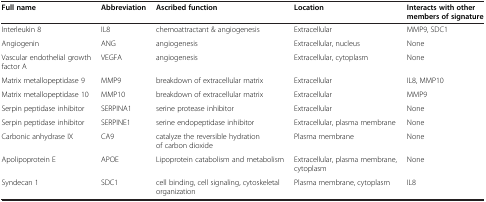
<table><thead><tr><td><b>Full name</b></td><td><b>Abbreviation</b></td><td><b>Ascribed function</b></td><td><b>Location</b></td><td><b>Interacts with other members of signature</b></td></tr></thead><tbody><tr><td>Interleukin 8</td><td>IL8</td><td>chemoattractant &amp; angiogenesis</td><td>Extracellular</td><td>MMP9, SDC1</td></tr><tr><td>Angiogenin</td><td>ANG</td><td>angiogenesis</td><td>Extracellular, nucleus</td><td>None</td></tr><tr><td>Vascular endothelial growth factor A</td><td>VEGFA</td><td>angiogenesis</td><td>Extracellular, cytoplasm</td><td>None</td></tr><tr><td>Matrix metallopeptidase 9</td><td>MMP9</td><td>breakdown of extracellular matrix</td><td>Extracellular</td><td>IL8, MMP10</td></tr><tr><td>Matrix metallopeptidase 10</td><td>MMP10</td><td>breakdown of extracellular matrix</td><td>Extracellular</td><td>MMP9</td></tr><tr><td>Serpin peptidase inhibitor</td><td>SERPINA1</td><td>serine protease inhibitor</td><td>Extracellular</td><td>None</td></tr><tr><td>Serpin peptidase inhibitor</td><td>SERPINE1</td><td>serine endopeptidase inhibitor</td><td>Extracellular, plasma membrane</td><td>None</td></tr><tr><td>Carbonic anhydrase IX</td><td>CA9</td><td>catalyze the reversible hydration of carbon dioxide</td><td>Plasma membrane</td><td>None</td></tr><tr><td>Apolipoprotein E</td><td>APOE</td><td>Lipoprotein catabolism and metabolism</td><td>Extracellular, plasma membrane, cytoplasm</td><td>None</td></tr><tr><td>Syndecan 1</td><td>SDC1</td><td>cell binding, cell signaling, cytoskeletal organization</td><td>Plasma membrane, cytoplasm</td><td>IL8</td></tr></tbody></table>